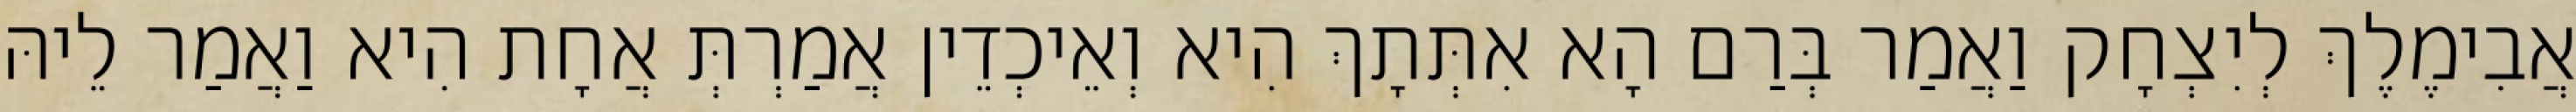
אֲבִימֶלֶךְ לְיִצְחָק וַאֲמַר בְּרַם הָא אִתְּתָךְ הִיא וְאֵיכְדֵין אֲמַרְתְּ אֲחָת הִיא וַאֲמַר לֵיהּ